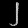
Digit: ၂